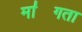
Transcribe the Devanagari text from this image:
मा॑गता